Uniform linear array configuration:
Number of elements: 24
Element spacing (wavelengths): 0.25
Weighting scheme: cosine
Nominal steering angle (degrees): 45
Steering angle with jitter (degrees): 46.1
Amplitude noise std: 0.05
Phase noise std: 0.05

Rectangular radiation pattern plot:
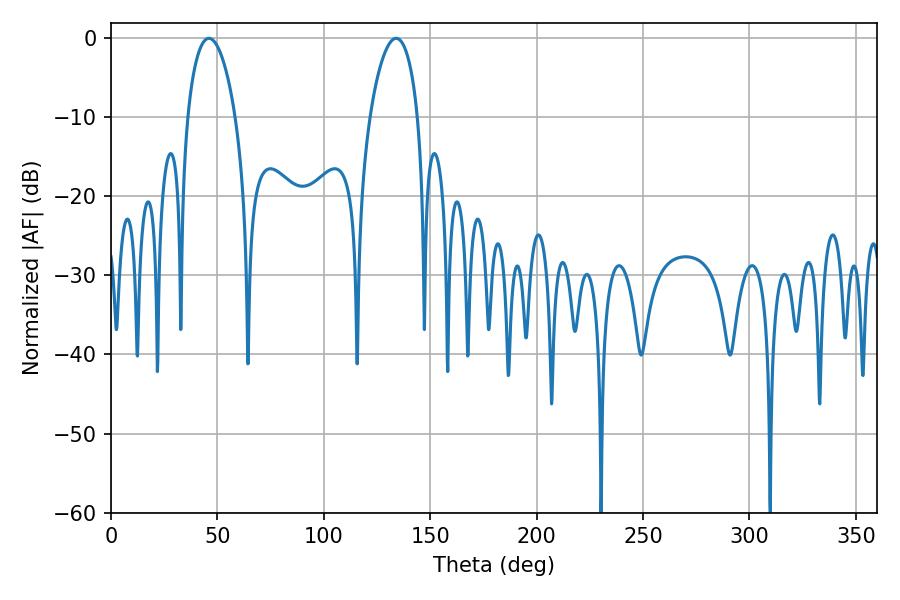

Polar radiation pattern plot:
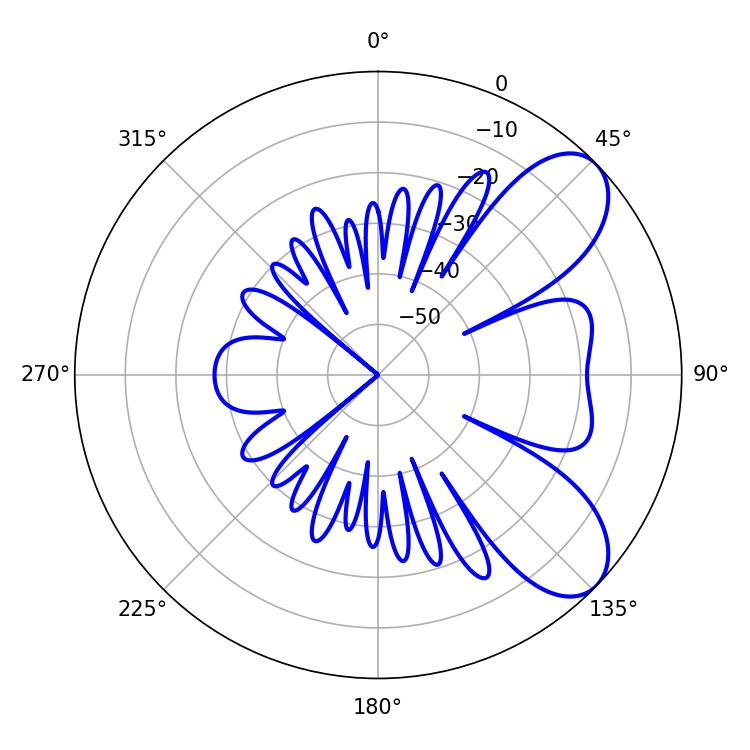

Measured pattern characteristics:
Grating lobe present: FALSE
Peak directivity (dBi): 7.523
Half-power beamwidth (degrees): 12.78
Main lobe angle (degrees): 46.08